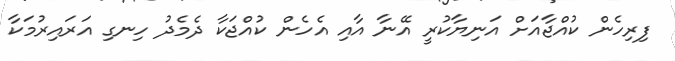
ފިރިހެން ކުއްޖާއަށް އަނިޔާކުރީ އޭނާ އާއި އެހެން ކުއްޖަކާ ދެމެދު ހިނގި އަރައިރުމަކާ